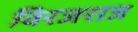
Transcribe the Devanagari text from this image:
विरजराज